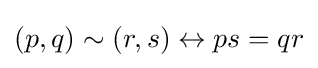
(p,q)\sim (r,s)\leftrightarrow ps=qr